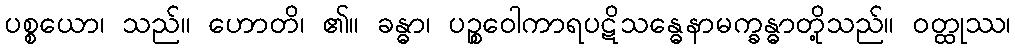
ပစ္စယော၊ သည်။ ဟောတိ၊ ၏။ ခန္ဓာ၊ ပဉ္စဝေါကာရပဋိသန္ဓေနာမက္ခန္ဓာတို့သည်။ ဝတ္ထုဿ၊